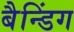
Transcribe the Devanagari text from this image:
बैन्डिंग